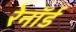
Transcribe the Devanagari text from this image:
रेनॉर्ड